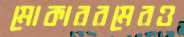
মোকাররমেরও